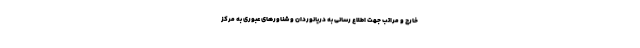
خارج و مراتب جهت اطلاع رسانی به دریانوردان و شناورهای عبوری به مرکز